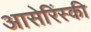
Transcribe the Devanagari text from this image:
आसेरिंस्की